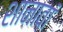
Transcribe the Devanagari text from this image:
शानावां